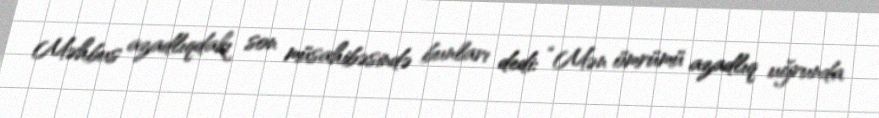
Məhbus azadlıqdakı son müsahibəsində bunları dedi: “Mən ömrümü azadlıq uğrunda